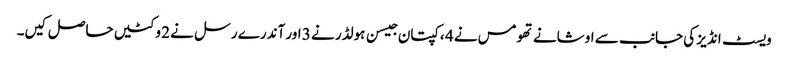
ویسٹ انڈیز کی جانب سے اوشانے تھومس نے 4 ، کپتان جیسن ہولڈر نے 3 اور آندرے رسل نے 2 وکٹیں حاصل کیں۔